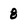
Character: 8